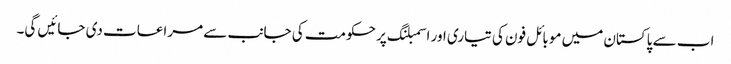
اب سے پاکستان میں موبائل فون کی تیاری اور اسمبلنگ پر حکومت کی جانب سے مراعات دی جائیں گی۔